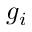
g _ { i }